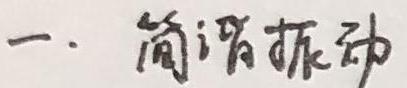
一. 简谐振动